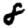
Digit: 8